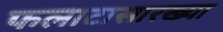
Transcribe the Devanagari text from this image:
फलाटासारख्या